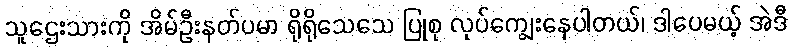
သူဌေးသားကို အိမ်ဦးနတ်ပမာ ရိုရိုသေသေ ပြုစု လုပ်ကျွေးနေပါတယ်၊ ဒါပေမယ့် အဲဒီ